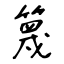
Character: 篾